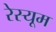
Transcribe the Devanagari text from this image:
रेस्यूम